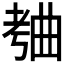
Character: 𬁥